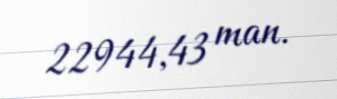
22944,43 man.